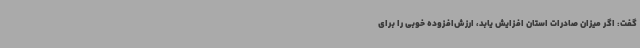
گفت: اگر میزان صادرات استان افزایش یابد، ارزش‌افزوده خوبی را برای